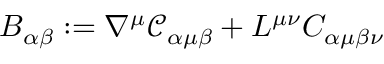
B _ { \alpha \beta } : = \nabla ^ { \mu } \mathcal { C } _ { \alpha \mu \beta } + L ^ { \mu \nu } C _ { \alpha \mu \beta \nu }